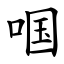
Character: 啯